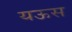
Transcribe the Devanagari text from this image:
यऊस